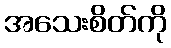
အသေးစိတ်ကို